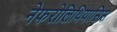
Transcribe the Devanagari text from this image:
नेफरोलिथियासिस